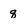
Character: q